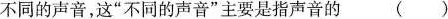
不同的声音，这”不同的声音”主要是指声音的()